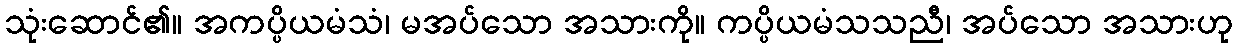
သုံးဆောင်၏။ အကပ္ပိယမံသံ၊ မအပ်သော အသားကို။ ကပ္ပိယမံသသညီ၊ အပ်သော အသားဟု